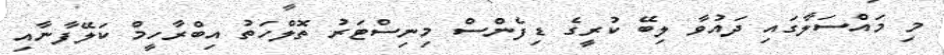
މި މައްސަލާގައި ދައުވާ ލިބޭ ކުރީގެ ޑިފެންސް މިނިސްޓަރު ތޮލްހަތު އިބްރާހީމް ކަލޭފާނާއި